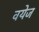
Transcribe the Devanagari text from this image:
वयेज